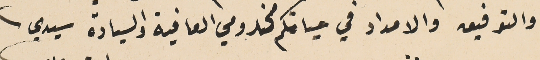
والتوفيق والامداد في حياتكم مخدومي العافية والسيادة سيدي